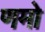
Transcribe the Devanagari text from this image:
णमो